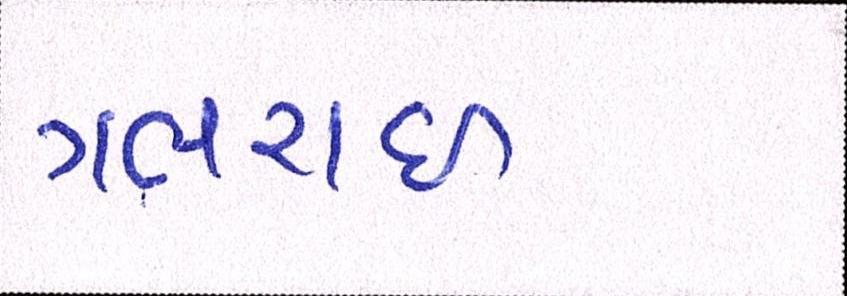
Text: ગભરાઇ